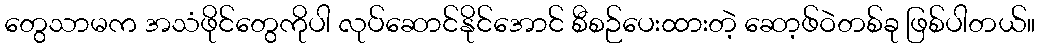
တွေသာမက အသံဖိုင်တွေကိုပါ လုပ်ဆောင်နိုင်အောင် စီစဉ်ပေးထားတဲ့ ဆော့ဖ်ဝဲတစ်ခု ဖြစ်ပါတယ်။